Civil Veterinary Dept. Bombay admin report 1923-31 - 1923-1931
Year: 1923
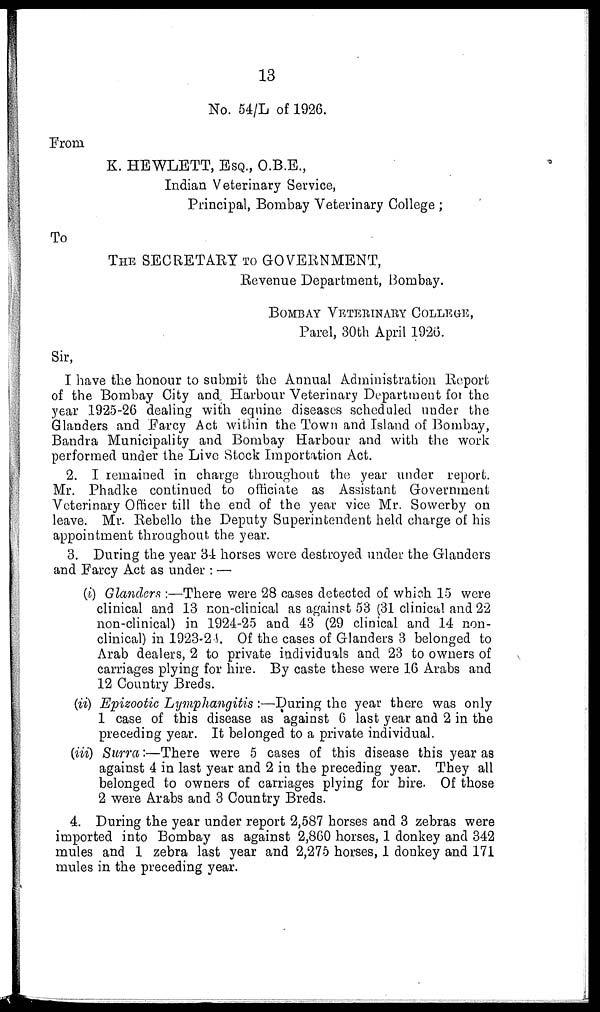
13
No. 54/L of 1926.
From
K. HEWLETT, ESQ., O.B.E.,
Indian Veterinary Service,
Principal, Bombay Veterinary College ;
To
THE SECRETARY TO GOVERNMENT,
Revenue Department, Bombay.
BOMBAY VETERINARY COLLEGE,
Parel, 30th April 1926.
Sir,
I have the honour to submit the Annual Administration Report
of the Bombay City and. Harbour Veterinary Department for the
year 1925-26 dealing with equine diseases scheduled under the
Glanders and Farcy Act within the Town and Island of Bombay,
Bandra Municipality and Bombay Harbour and with the work
performed under the Live Stock Importation Act.
2. I remained in charge throughout the year under report.
Mr. Phadke continued to officiate as Assistant Government
Veterinary Officer till the end of the year vice Mr. Sowerby on
leave. Mr. Rebello the Deputy Superintendent held charge of his
appointment throughout the year.
3. During the year 34 horses were destroyed under the Glanders
and Farcy Act as under : —
(i) Glanders :—There were 28 cases detected of which 15 were
clinical and 13 non-clinical as against 53 (31 clinical and 22
non-clinical) in 1924-25 and 43 (29 clinical and 14 non-
clinical) in 1923-24. Of the cases of Glanders 3 belonged to
Arab dealers, 2 to private individuals and 23 to owners of
carriages plying for hire. By caste these were 16 Arabs and
12 Country Breds.
(ii) Epizootic Lymphangitis :—During the year there was only
1 case of this disease as against 6 last year and 2 in the
preceding year. It belonged to a private individual.
(iii) Surra:—There were 5 cases of this disease this year as
against 4 in last year and 2 in the preceding year. They all
belonged to owners of carriages plying for hire. Of those
2 were Arabs and 3 Country Breds.
4. During the year under report 2,587 horses and 3 zebras were
imported into Bombay as against 2,860 horses, 1 donkey and 342
mules and 1 zebra last year and 2,275 horses, 1 donkey and 171
mules in the preceding year.